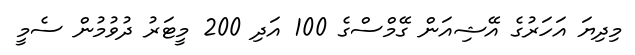
މިދިޔަ އަހަރުގެ އޭޝިއަން ގޭމްްސްގެ 100 އަދި 200 މީޓަރު ދުވުމުން ސެމީ